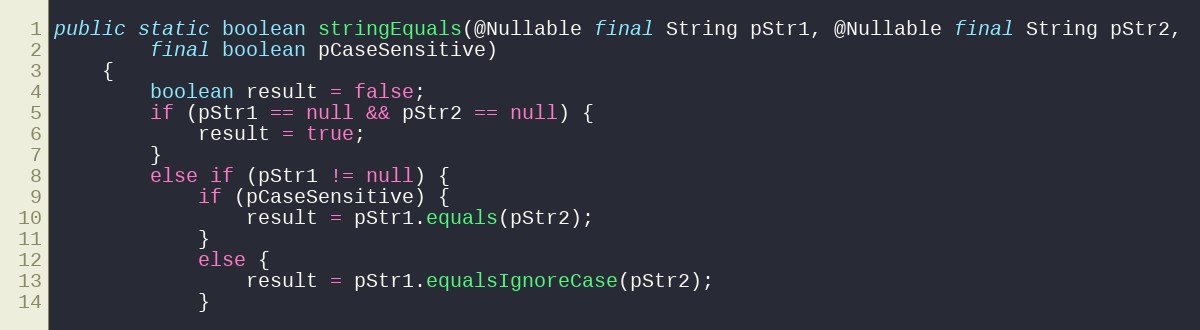
Language: Java
public static boolean stringEquals(@Nullable final String pStr1, @Nullable final String pStr2,
        final boolean pCaseSensitive)
    {
        boolean result = false;
        if (pStr1 == null && pStr2 == null) {
            result = true;
        }
        else if (pStr1 != null) {
            if (pCaseSensitive) {
                result = pStr1.equals(pStr2);
            }
            else {
                result = pStr1.equalsIgnoreCase(pStr2);
            }